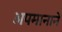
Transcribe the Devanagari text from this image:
अपमानाने